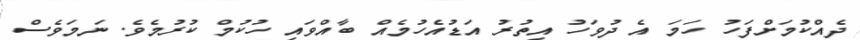
ދެއްކުމަށްފަހު ހަމަ އެ ދުވަހު އިތުރު އަޑުއެހުމެއް ބާއްވައި ހުކުމް ކުރުމެވެ. ނަމަވެސް